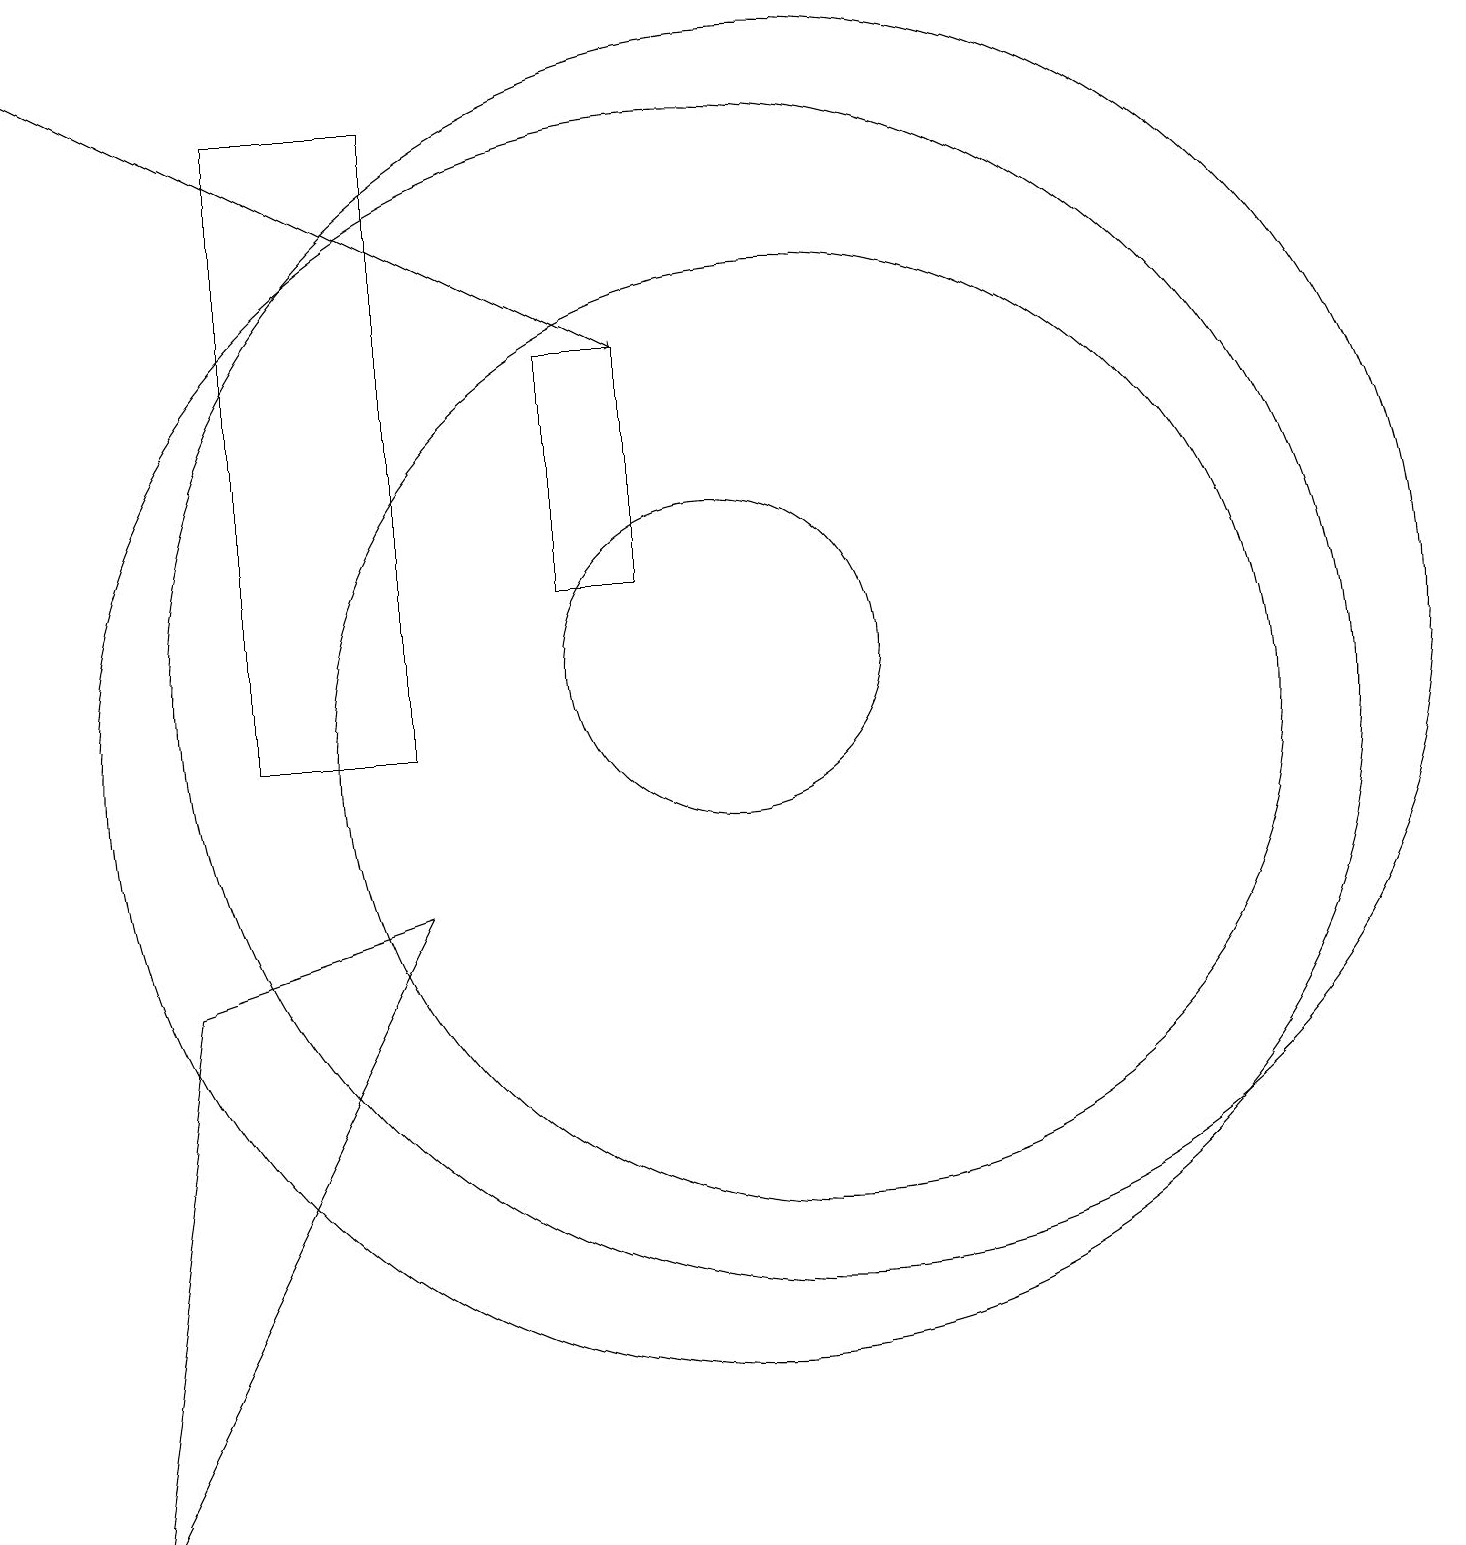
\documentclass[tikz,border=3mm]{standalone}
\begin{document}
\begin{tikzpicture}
\draw (2,0) -- (6,8) -- (3,7) -- cycle;
\draw (11,11) circle (8);
\draw (9,12) rectangle (8,15);
\draw (6,10) rectangle (4,18);
\draw (10,10) circle (8);
\draw (10,11) circle (2);
\draw[->] (1,19) -- (9,15);
\draw (11,10) circle (6);
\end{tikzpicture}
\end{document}